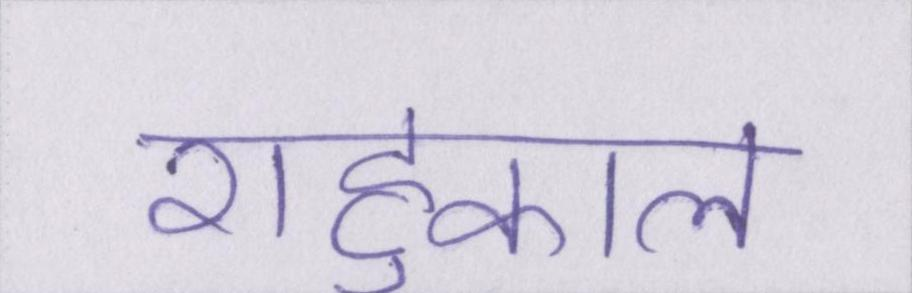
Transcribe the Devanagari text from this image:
राहुकाल